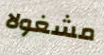
مشغولا